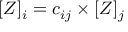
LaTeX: [ Z ] _ { i } = c _ { i j } \times [ Z ] _ { j }